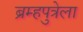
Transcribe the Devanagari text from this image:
ब्रम्हपुत्रेला